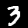
Label: 3